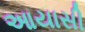
આયાસી